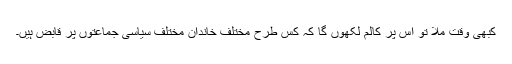
کبھی وقت ملا تو اس پر کالم لکھوں گا کہ کس طرح مختلف خاندان مختلف سیاسی جماعتوں پر قابض ہیں۔